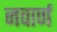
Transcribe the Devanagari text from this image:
नवार्ण